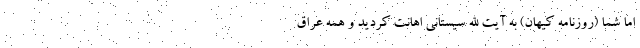
اما شما (روزنامه کیهان) به آیت الله سیستانی اهانت کردید و همه عراق